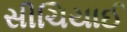
સીચિયાઈ